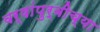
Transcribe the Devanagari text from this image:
वर्षांपुर्वीच्या